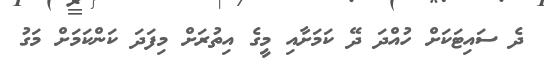
ދެ ސައިޓަކަށް ހުއްދަ ދޭ ކަމަށާއި މީގެ އިތުރަށް މިފަދަ ކަންކަމަށް މަގު